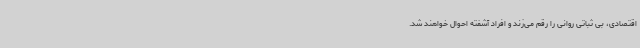
اقتصادی، بی ثباتی روانی را رقم می‌زند و افراد آشفته احوال خواهند شد.